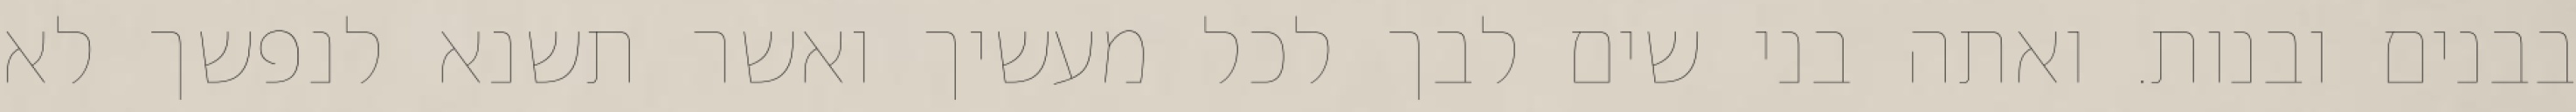
בבנים ובנות. ואתה בני שים לבך לכל מעשיך ואשר תשנא לנפשך לא